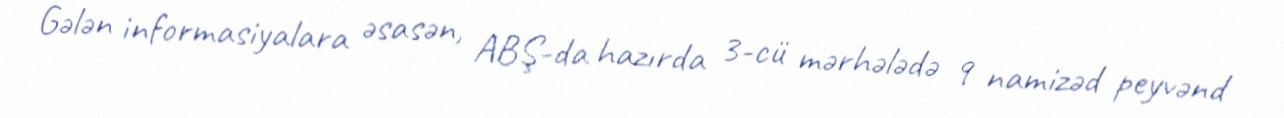
Gələn informasiyalara əsasən, ABŞ-da hazırda 3-cü mərhələdə 9 namizəd peyvənd